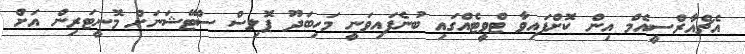
އެޗްއާރްސީއެމް އިން ކޮށްފައިވާ ޓްވީޓެއްގައި ބުނެފައިވަނީ މަހިބަދޫ ޕޮލިސް ސްޓޭޝަނަށް މޮނީޓަރިން އަށް